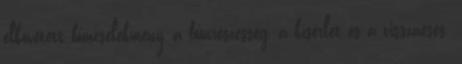
elkövetett bűncselekmény, a bűnrészesség, a kísérlet és a visszaesés.